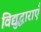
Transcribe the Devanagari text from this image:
विद्युद्धाराएँ